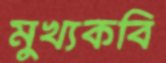
মুখ্যকবি